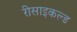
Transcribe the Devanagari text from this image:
रीसाइकल्ड